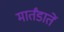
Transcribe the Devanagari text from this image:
मार्तंडातें